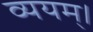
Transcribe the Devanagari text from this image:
व्ययम्।